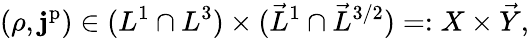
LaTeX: (\rho,\mathbf{j}^{\mathrm{p}})\in(L^{1}\cap L^{3})\times(\vec{L}^{1}\cap\vec{L}^{3/2})=:X\times\vec{Y},